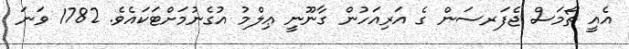
އެއީ ތޯމަސް ޖެފަރސަން ގެ އަރިއަހުން ގާނޫނީ ޢިލްމު އުގެނުމަށްޓަކައެވެ. 1782 ވަނަ